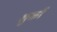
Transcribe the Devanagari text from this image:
शुकों